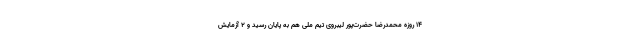
۱۴ روزه محمدرضا حضرت‌پور لیبروی تیم ملی هم به پایان رسید و ۲ آزمایش